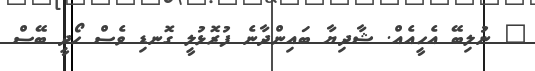
" ނުލިބޭ އެހީއެއް. ޝާދިޔާ ބައިންދާނެ ފުރޮޅުލީ ގޮނޑި ވެސް ހޯދީ ބޭސް